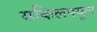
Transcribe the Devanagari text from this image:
सकिलफ्यूल